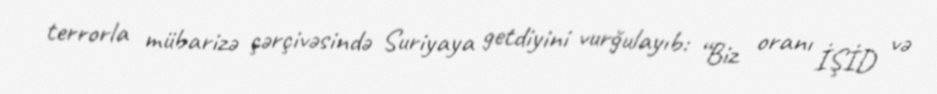
terrorla mübarizə çərçivəsində Suriyaya getdiyini vurğulayıb: “Biz oranı İŞİD və